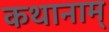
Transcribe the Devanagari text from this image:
कथानाम्